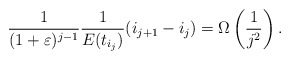
\begin{align*} \frac{1}{(1+\varepsilon)^{j-1}}\frac{1}{E(t_{i_{j}})} (i_{j+1} - i_j) = \Omega\left( \frac{1}{j^2} \right). \end{align*}